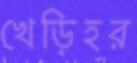
খেড়িহর